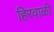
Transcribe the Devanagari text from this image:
हिरवाळी